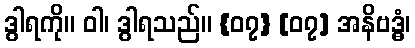
ဒွါရကို။ ဝါ၊ ဒွါရသည်။ {၀၇} [၀၇] အနိဗဒ္ဓံ၊